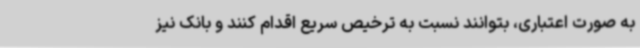
به صورت اعتباری، بتوانند نسبت به ترخیص سریع اقدام کنند و بانک نیز